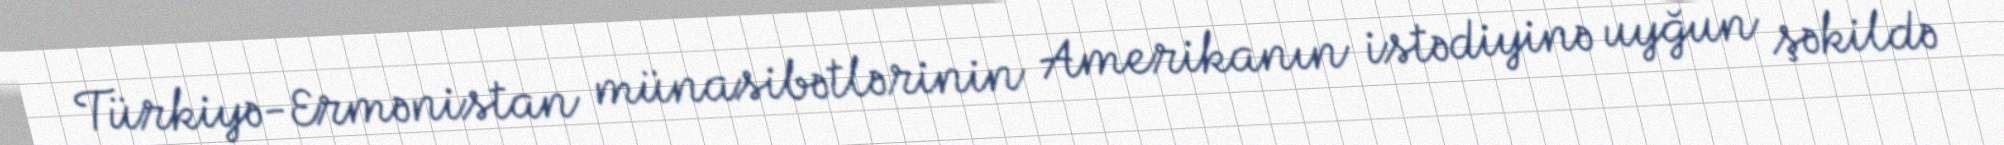
Türkiyə-Ermənistan münasibətlərinin Amerikanın istədiyinə uyğun şəkildə